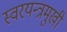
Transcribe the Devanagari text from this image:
स्वरयन्त्रमुखी